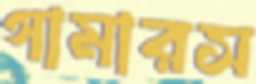
গামারস